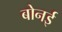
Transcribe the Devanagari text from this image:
बोनई